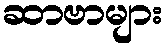
ဆာဗာများ